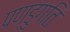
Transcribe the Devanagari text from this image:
पण्डुगति